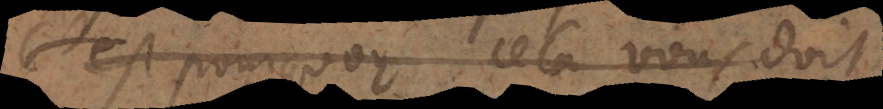
C’est pourquoy cela vous doit